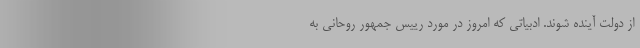
از دولت آینده شوند. ادبیاتی که امروز در مورد رییس جمهور روحانی به